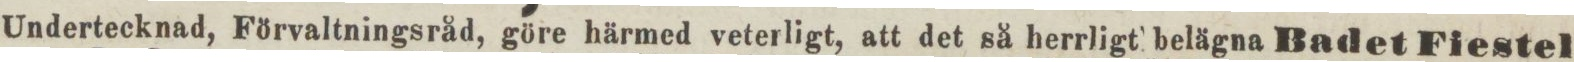
Undertecknad, Förvaltningsråd, göre härmed veterligt, att det så herrligt belägna Badet Fiestel